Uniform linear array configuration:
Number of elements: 24
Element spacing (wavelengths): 0.5
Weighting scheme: cosine
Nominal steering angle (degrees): -60
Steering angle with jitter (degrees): -60.645
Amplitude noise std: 0.05
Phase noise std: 0.05

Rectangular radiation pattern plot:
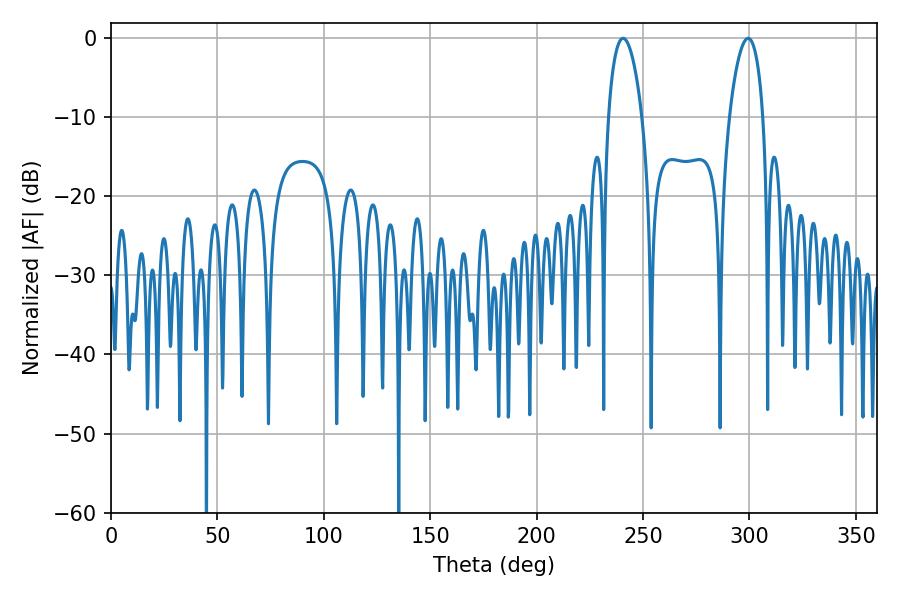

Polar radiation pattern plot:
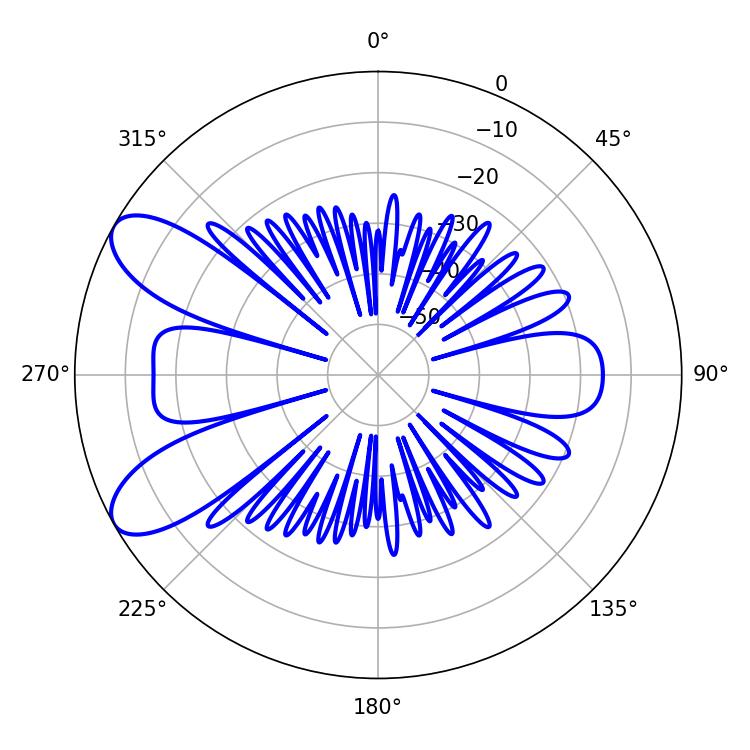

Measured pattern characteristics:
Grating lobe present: FALSE
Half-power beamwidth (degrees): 8.82
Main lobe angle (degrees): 240.66